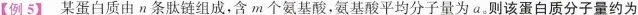
[例5] 某蛋白质由n条肤链组成,含m个氨基酸,氨基酸平均分子量为a。则该蛋白质分子量约为